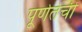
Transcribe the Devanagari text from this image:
पूर्णतेची